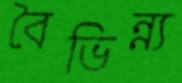
বৈভিন্ন্য